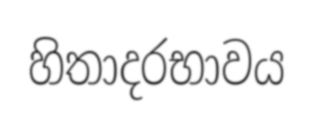
හිතාදරභාවය